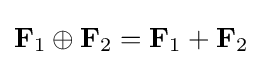
\mathbf {F} _{1}\oplus \mathbf {F} _{2}=\mathbf {F} _{1}+\mathbf {F} _{2}